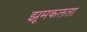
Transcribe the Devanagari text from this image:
झूमकलता